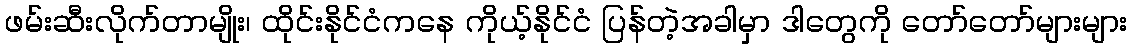
ဖမ်းဆီးလိုက်တာမျိုး၊ ထိုင်းနိုင်ငံကနေ ကိုယ့်နိုင်ငံ ပြန်တဲ့အခါမှာ ဒါတွေကို တော်တော်များများ